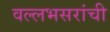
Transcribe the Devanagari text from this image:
वल्लभसरांची